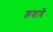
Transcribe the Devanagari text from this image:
क़बायें